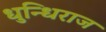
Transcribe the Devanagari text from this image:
धुन्धिराज